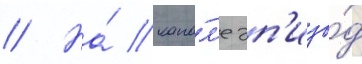
// На́ кана́л'е эп'изо́д